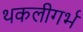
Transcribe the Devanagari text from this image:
थकलीगर्भ